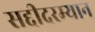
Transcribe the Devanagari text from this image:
सद्दीदरम्यान